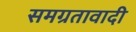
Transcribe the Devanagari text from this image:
समग्रतावादी